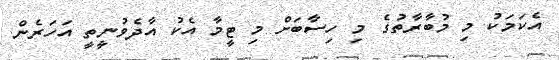
އެކަމަކު މި މުބާރާތުގެ މި ހިސާބަށް މި ޓީމާ އެކު އާދެވުނީތީ އަހަރެން